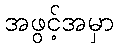
အဖွင့်အမှာ